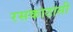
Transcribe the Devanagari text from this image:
रसकाठासी